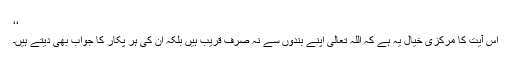
‘‘
اس آیت کا مرکزی خیال یہ ہے کہ اللہ تعالیٰ اپنے بندوں سے نہ صرف قریب ہیں بلکہ ان کی ہر پکار کا جواب بھی دیتے ہیں۔